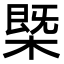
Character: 㮣